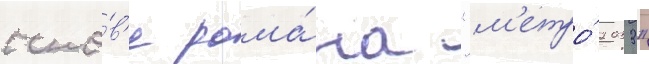
осно́в'е рома́на "м'етро́ 2033"